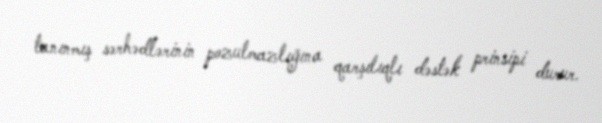
tanınmış sərhədlərinin pozulmazlığına qarşılıqlı dəstək prinsipi durur.